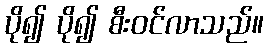
ပို၍ ပို၍ စီးဝင်လာသည်။